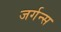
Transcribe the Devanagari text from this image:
जर्गन्स